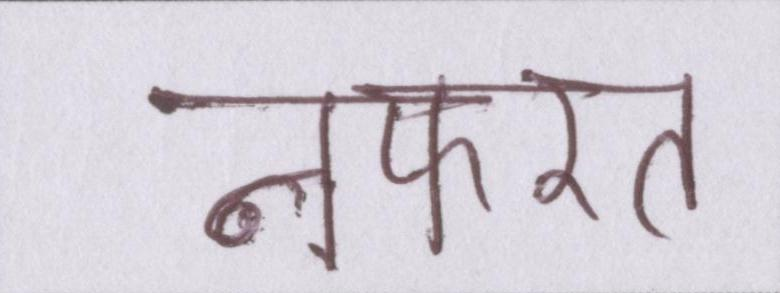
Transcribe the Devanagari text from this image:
नफरत